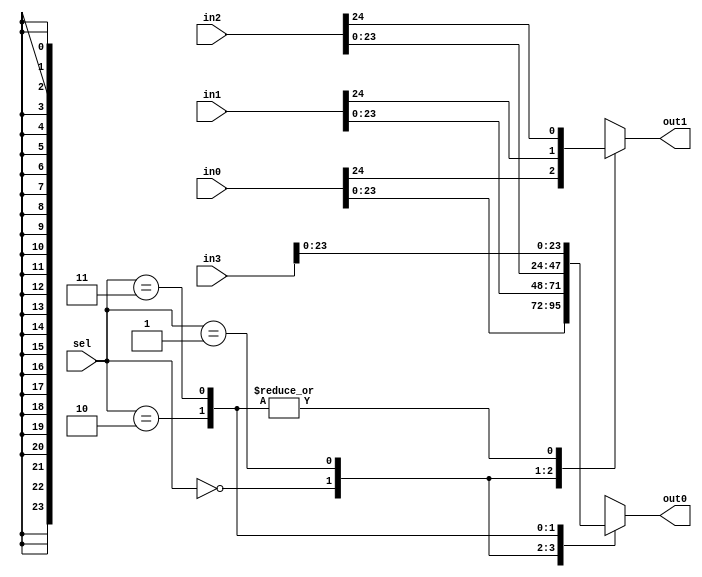
module mux_4_in_2_out (in0 , in1 , in2 , in3 , sel , out0 , out1);
input [24:0]in0,in1,in2,in3;//{ovf_rnd , Mout}
input [1:0]sel;
output reg [23:0]out0;//Mout
output reg out1;//ovf_rnd
always@(*)
begin
    case(sel)
        2'b00: 
            begin
                out0 = in0[23:0];
                out1 = in0[24];
            end
        2'b01:
            begin 
                out0 = in1[23:0];
                out1 = in1[24];
            end
        2'b10:
            begin 
                out0 = in2[23:0];
                out1 = in2[24];
            end
        2'b11:
            begin
                out0 = in3[23:0];
                out1 = in2[24];
            end
    endcase    
end
endmodule